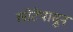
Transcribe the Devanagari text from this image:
लोटेपासून